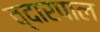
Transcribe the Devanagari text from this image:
व्दारपाल